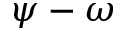
\psi - \omega